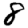
Digit: 8